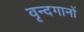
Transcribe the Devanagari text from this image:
वृन्दगानों